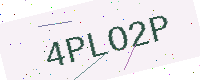
Text: 4PLO2P